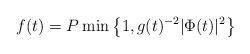
LaTeX: \begin{align*}f(t)=P\min\left\{1,g(t)^{-2} |\Phi(t)|^2\right\}\end{align*}